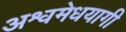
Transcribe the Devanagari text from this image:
अश्वमेधयागी